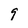
Character: 9